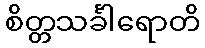
စိတ္တသင်္ခါရောတိ